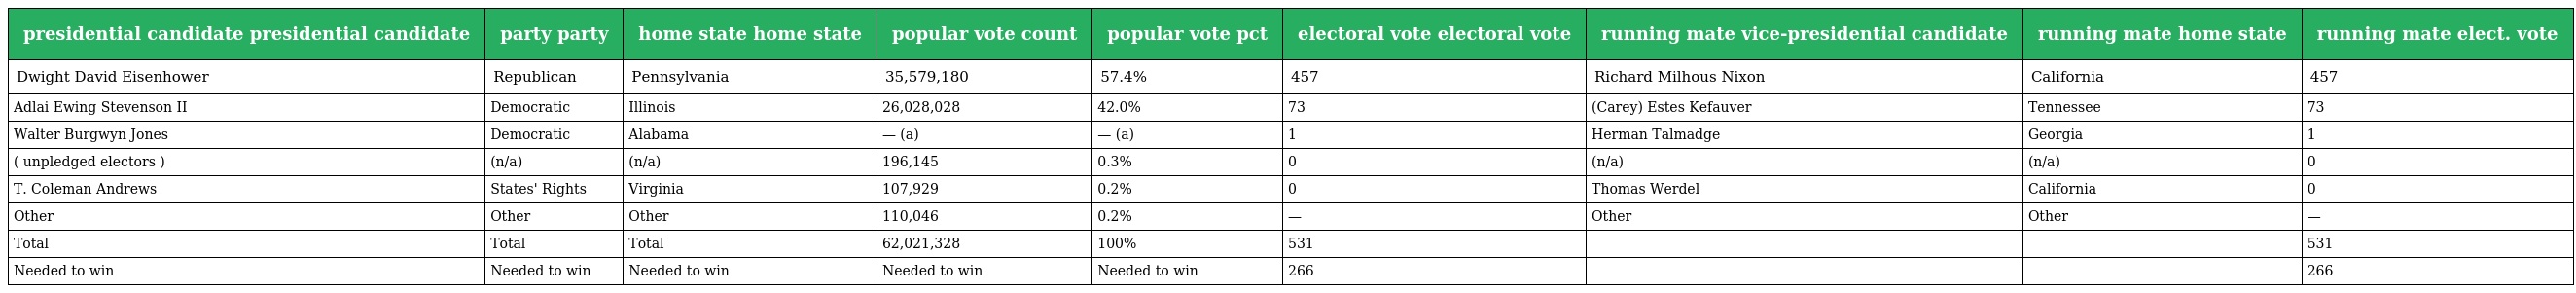
| presidential candidate presidential candidate | party party | home state home state | popular vote count | popular vote pct | electoral vote electoral vote | running mate vice-presidential candidate | running mate home state | running mate elect. vote |
 | --- | --- | --- | --- | --- | --- | --- | --- | --- |
 | Dwight David Eisenhower | Republican | Pennsylvania | 35,579,180 | 57.4% | 457 | Richard Milhous Nixon | California | 457 |
 | Adlai Ewing Stevenson II | Democratic | Illinois | 26,028,028 | 42.0% | 73 | (Carey) Estes Kefauver | Tennessee | 73 |
 | Walter Burgwyn Jones | Democratic | Alabama | — (a) | — (a) | 1 | Herman Talmadge | Georgia | 1 |
 | ( unpledged electors ) | (n/a) | (n/a) | 196,145 | 0.3% | 0 | (n/a) | (n/a) | 0 |
 | T. Coleman Andrews | States' Rights | Virginia | 107,929 | 0.2% | 0 | Thomas Werdel | California | 0 |
 | Other | Other | Other | 110,046 | 0.2% | — | Other | Other | — |
 | Total | Total | Total | 62,021,328 | 100% | 531 |  |  | 531 |
 | Needed to win | Needed to win | Needed to win | Needed to win | Needed to win | 266 |  |  | 266 |